Punjab Mental Hospital Lahore 1922-31 - 1922-1931
Year: 1922
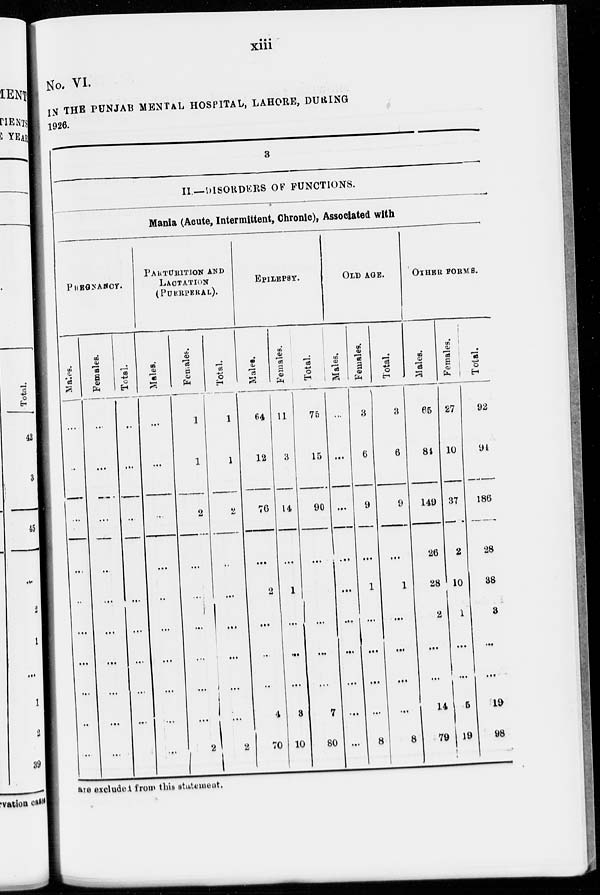
xiii
No. VI.
IN THE PUNJAB MENTAL HOSPITAL, LAHORE, DURING
1926.
8
II.—DISORDERS OF FUNCTIONS.
Mania (Acute, Intermittent, Chronic), Associated with
PREGNANCY.
Males.
...
...
...
...
...
...
...
...
...
...
Females.
...
...
...
...
...
...
...
...
...
...
Total.
...
...
...
...
...
...
...
...
...
...
PARTURITION AND
LACTATION
(PUERPERAL).
Males.
...
...
...
...
...
...
...
...
...
...
Females.
1
1
2
...
...
...
...
...
...
2
Total.
1
1
2
...
...
...
...
...
...
2
EPILEPSY.
Males.
64
12
76
...
2
...
...
...
4
70
Females.
11
3
14
...
1
...
...
...
3
10
Total.
75
15
90
...
3
...
...
...
7
80
OLD AGE.
Males.
...
...
...
...
...
...
...
...
...
...
Females.
3
6
9
...
1
...
...
...
...
8
Total.
3
6
9
...
1
...
...
...
...
8
OTHER FORMS.
Males.
65
84
149
26
28
2
...
...
14
79
Females.
27
10
37
2
10
1
...
...
5
19
Total.
92
94
186
28
38
3
...
...
19
98
are excluded from this statement.